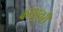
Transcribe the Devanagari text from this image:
कठपूतरी